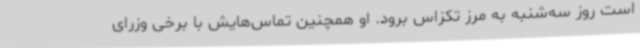
است روز سه‌شنبه به مرز تکزاس برود. او همچنین تماس‌هایش با برخی وزرای